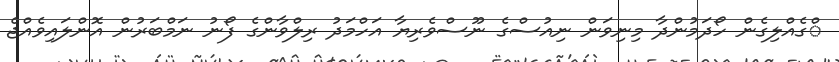
ްގެއްލިގެން ހޯދަމުންދާ މިނިވަން ނިއުސްގެ ނޫސްވެރިޔާ އަހްމަދު ރިލްވާންގެ ފޯނު ނަމްބަރުން އޮންލައިވެއްޖެ